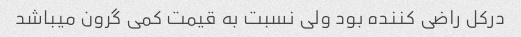
در‌کل راضی کننده بود ولی نسبت به قیمت کمی گرون میباشد